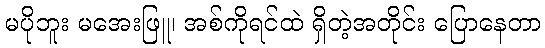
မပိုဘူး မအေးဖြူ၊ အစ်ကိုရင်ထဲ ရှိတဲ့အတိုင်း ပြောနေတာ